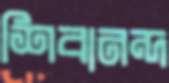
শিবানন্দ